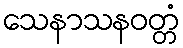
သေနာသနဝတ္တံ